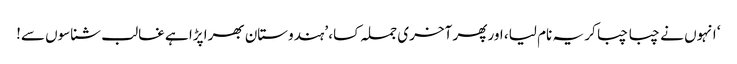
‘ انہوں نے چبا چبا کر یہ نام لیا، اور پھر آخری جملہ کسا، ’ہندوستان بھرا پڑا ہے غالب شناسوں سے!